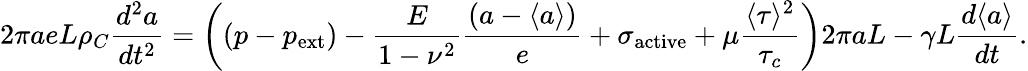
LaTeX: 2\pi aeL\rho_{C}\frac{d^{2}a}{dt^{2}}=\left((p-p_{\mathrm{ext}})-\frac{E}{1-\nu^{2}}\frac{\left(a-\langle a\rangle\right)}{e}+\sigma_{\mathrm{active}}+\mu\frac{\langle\tau\rangle^{2}}{\tau_{c}}\right)2\pi aL-\gamma L\frac{d\langle a\rangle}{dt}.